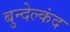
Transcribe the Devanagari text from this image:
बुन्देल्कंद